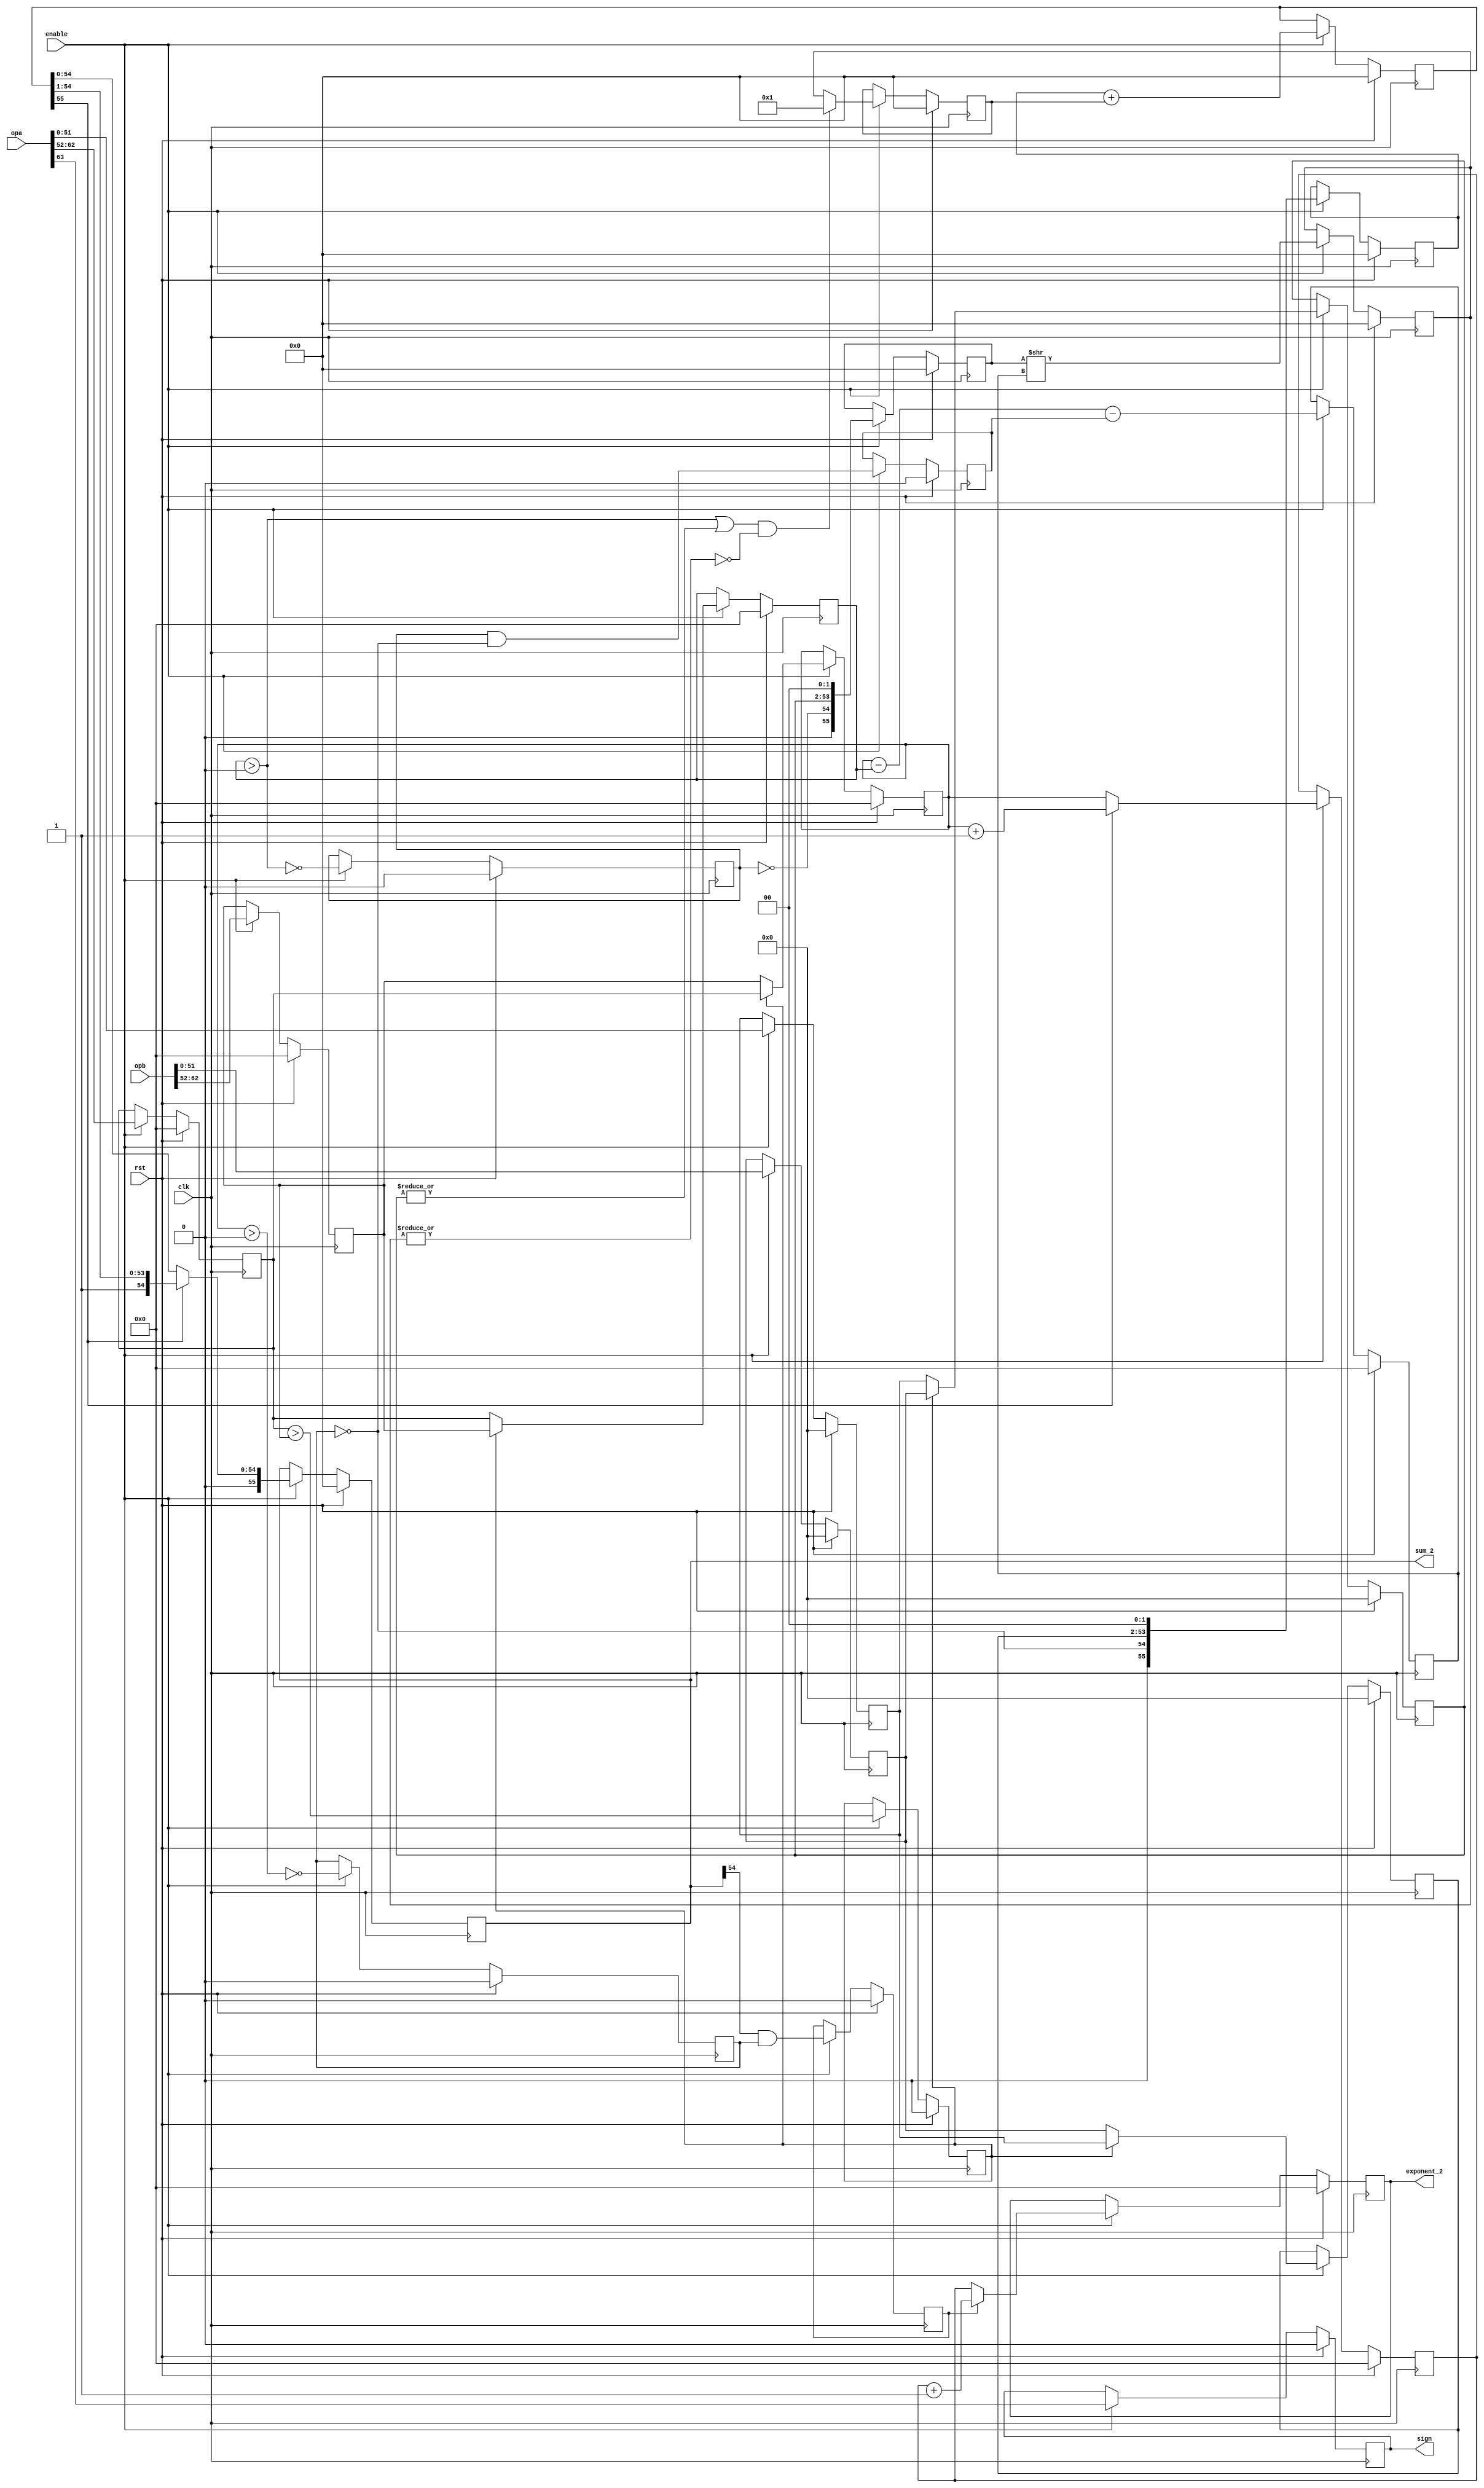
module fpu_add_1( clk, rst, enable, opa, opb, sign, sum_2, exponent_2);
input		clk;
input		rst;
input		enable;
input	[63:0]	opa, opb;
output		sign;
output  [55:0]	sum_2;
output	[10:0]	exponent_2;
reg   sign;
reg   [10:0] exponent_a;
reg   [10:0] exponent_b;
reg   [51:0] mantissa_a;
reg   [51:0] mantissa_b;
reg   expa_gt_expb;
reg   [10:0] exponent_small;
reg   [10:0] exponent_large;
reg   [51:0] mantissa_small;
reg   [51:0] mantissa_large;
reg   small_is_denorm;
reg   large_is_denorm;
reg   large_norm_small_denorm;
reg   [10:0] exponent_diff;
reg   [55:0] large_add;
reg   [55:0] small_add;
reg   [55:0] small_shift;
wire   small_shift_nonzero = |small_shift[55:0];
wire	small_is_nonzero = (exponent_small > 0) | |mantissa_small[51:0]; 
wire   small_fraction_enable = small_is_nonzero & !small_shift_nonzero;
wire   [55:0] small_shift_2 = { 55'b0, 1'b1 };
reg   [55:0] small_shift_3;
reg   [55:0] sum;
wire   sum_overflow = sum[55]; 
reg   [55:0] sum_2;
reg   [10:0] exponent;
wire   sum_leading_one = sum_2[54]; 
reg   denorm_to_norm;
reg   [10:0] exponent_2;
always @(posedge clk) 
	begin
		if (rst) begin
			sign <= 0;
			exponent_a <= 0;
			exponent_b <= 0;
			mantissa_a <= 0;
			mantissa_b <= 0;
			expa_gt_expb <= 0;
			exponent_small  <= 0;
			exponent_large  <= 0;
			mantissa_small  <= 0;
			mantissa_large  <= 0;
			small_is_denorm <= 0;
			large_is_denorm <= 0;
			large_norm_small_denorm <= 0;
			exponent_diff <= 0;
			large_add <= 0;
			small_add <= 0;
			small_shift <= 0;
			small_shift_3 <= 0;
			sum <= 0;
			sum_2 <= 0;
			exponent <= 0;
			denorm_to_norm <= 0;
			exponent_2 <= 0;
		end
		else if (enable) begin
			sign <= opa[63];
			exponent_a <= opa[62:52];
			exponent_b <= opb[62:52];
			mantissa_a <= opa[51:0];
			mantissa_b <= opb[51:0];
			expa_gt_expb <= exponent_a > exponent_b;
			exponent_small  <= expa_gt_expb ? exponent_b : exponent_a;
			exponent_large  <= expa_gt_expb ? exponent_a : exponent_b;
			mantissa_small  <= expa_gt_expb ? mantissa_b : mantissa_a;
			mantissa_large  <= expa_gt_expb ? mantissa_a : mantissa_b;
			small_is_denorm <= !(exponent_small > 0);
			large_is_denorm <= !(exponent_large > 0);
			large_norm_small_denorm <= (small_is_denorm && !large_is_denorm);
			exponent_diff <= exponent_large - exponent_small - large_norm_small_denorm;
			large_add <= { 1'b0, !large_is_denorm, mantissa_large, 2'b0 };
			small_add <= { 1'b0, !small_is_denorm, mantissa_small, 2'b0 };
			small_shift <= small_add >> exponent_diff;
			small_shift_3 <= small_fraction_enable ? small_shift_2 : small_shift;
			sum <= large_add + small_shift_3;
			sum_2 <= sum_overflow ? sum >> 1 : sum;
			exponent <= sum_overflow ? exponent_large + 1: exponent_large;
			denorm_to_norm <= sum_leading_one & large_is_denorm;
			exponent_2 <= denorm_to_norm ? exponent + 1 : exponent;
		end
	end
endmodule